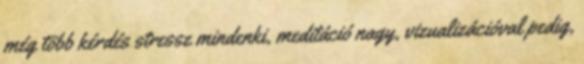
még több kérdés stressz mindenki, meditáció nagy, vizualizációval pedig,